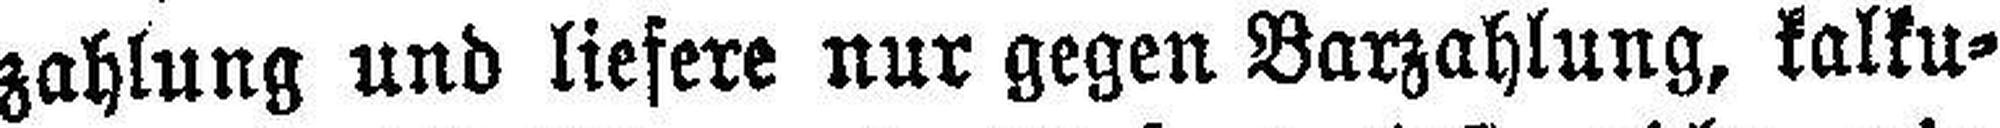
zahlung und liefere nur gegen Barzahlung, kalku¬